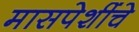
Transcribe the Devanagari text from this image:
मासपेशींचे